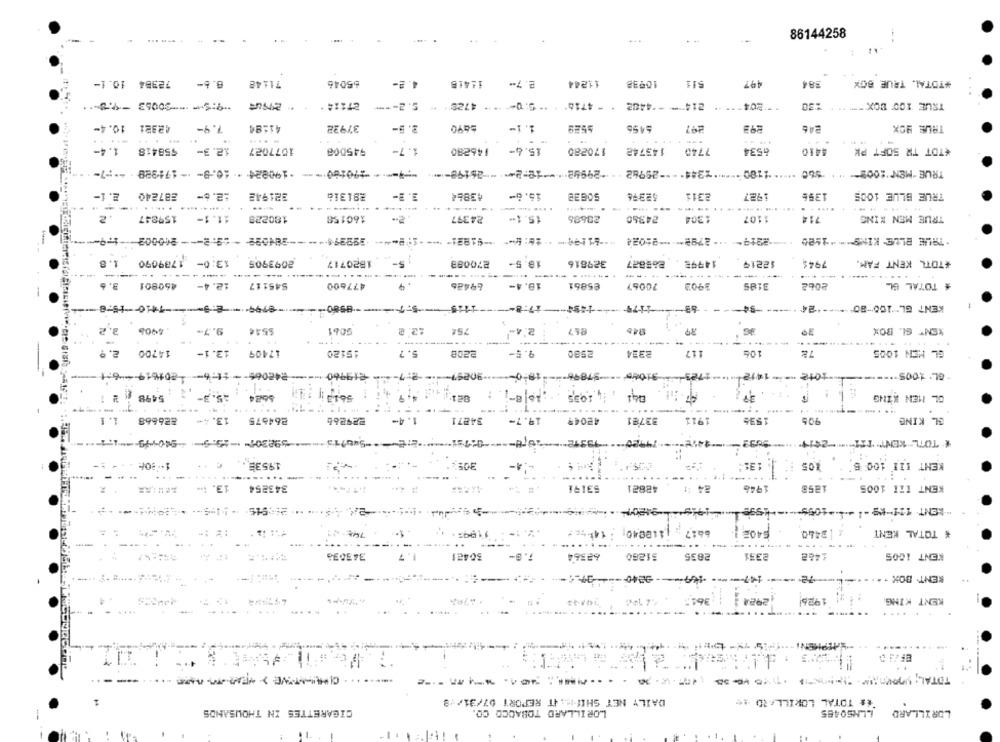
..
86144258
72384 10.1-
71148 6.6-
65046
4. 2-
2.7-
11244
10938
511
497
384
#TOTAL. TRUE BOX
.9:5-1-20053 -9 .-
27114 .
5.2 -**
4729
214">* -* 4402 * - 4714 ** 5:0"
*= 204 -****
TRUE 100 BOX " *****
42321 10.4-
7.9-
41194
37928
2. 5-
1.1-
5455
297
246
TRUE BOX
...
.. .
1.4-
558418
12.3-
1077027
945008
1.7-
146280
15.6-
170280
143742
7740
6534
4410
<TOT TR SOFT PK
*29948 .- 18:2 **--- 26198 == "
TRUE "MEN"00" ***** 180 ****** 344 ---- 29962
2.1-
287240
321942
28131à
43964
15.6-
52376
2311
139₺
TRUE BLUE 1005
3. 1-
927
.....
. ...... ....
---
----
2
180228
159847
11. 1-
160158
24397
15.1-
28686
24350
1304
1107
714
TRUE MEN KING
-2219 **- 2792 ** 85024
. TRUE BLUE KING --- 1520
1.8
1789090
13:0-
2093905
1820717
5-
270083
18.5-
329816
26#827
14998 .
12219
7944
*TOTL KENT FAM.
----
-----
--
--
----
---
3. 6
545117
477600
€5861
2062
# TOTAL GL
460801
12.4-
18.4-
70067
3902
SBTE
---- 8580-
5-7-
17:8 ----
1175
KENT GL"100-80 ***** 24
2.2
. 4905
9.7-
$544
5061
12. 8
KEN" SL BOX
2, 9
14700
13.1-
17409
15120
5. 7
2208
9.5-
2580
2324
117
100
GL MEN 1005
8.19960
-90297-
18:0
5789%
412
GL. 1005
56101 :4
AS. P-
16/8-
4.1995
041
!
OL MEN KING
5498 2 1
4. 9
------
...
..... ..
.. .
E26668 1.1
13. 4-
264675
229266
1.4-
34271
19.7-
33781
1911
1532
906
EL KING
...- 18312 ***
19920
* TOTL" KENT TI **** 2414
19535
305
13:
KENT III 100 B'+
--- -
.-...
-
13.1
343254
53191
42821
1946
1258
KENT IZI 1005
1-5 -- --
"MENT 11-09 -1 -4-1055-
1199 :.
1120,40
6617
6405
X 2440
* TOTAL KENT
40
: 34
.7
30421
62364
51260
2835
2351
KENT 1005
PEDETE
9840
147-
2
RENT BOX .
2924
2924 1 :361
3613
1926
KENT KING
.....
TOTAL: UnORA :----- - - >
DAILY NET SHIT -::. IT REPORT 07/31/18
## TOTAL LORILLARD **
CIGARETTES IN THOUSANDS
LORILLARD TOBACCO CO.
LLAS0465
LORILLARD